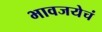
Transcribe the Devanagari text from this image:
भावजयेचं